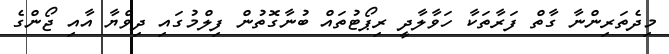
މިދެތަރިންނާ ގާތް ފަރާތަކާ ހަވާލާދީ ރިޕޯޓުތައް ބުނާގޮތުން ފިލްމުގައި ދިވްޔާ އާއި ޖޯންގެ